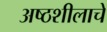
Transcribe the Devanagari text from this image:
अष्ठशीलाचे